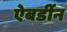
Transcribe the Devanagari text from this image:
ऐबर्डीन